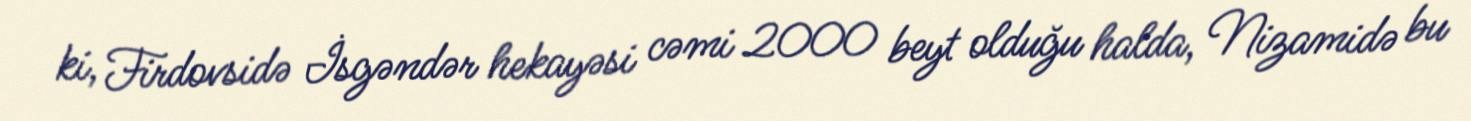
ki, Firdovsidə İsgəndər hekayəsi cəmi 2000 beyt olduğu halda, Nizamidə bu